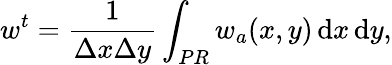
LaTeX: w^{t}=\frac{1}{\Delta x\Delta y}\int_{PR}w_{a}(x,y)\, \mathrm{d}x\, \mathrm{d}y,